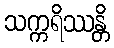
သက္ကရိဿန္တိ